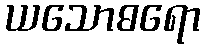
ယသောဓရော